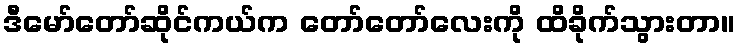
ဒီမော်တော်ဆိုင်ကယ်က တော်တော်လေးကို ထိခိုက်သွားတာ။